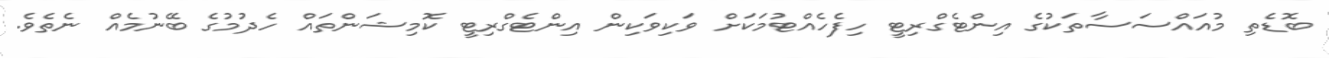
ބޮޑެތި މުއައްސަސާތަކުގެ އިންޓެގްރިޓީ ހިފެހެއްޓުމަކަށް ވަކިވަކިން އިންޓެގްރިޓީ ކޮމިޝަންތައް ހެދުމުގެ ބޭނުމެއް ނެތެވެ.